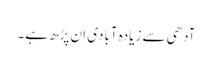
آدھی سے زیادہ آبادی ان پڑھ ہے۔